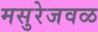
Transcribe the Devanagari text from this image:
मसुरेजवळ